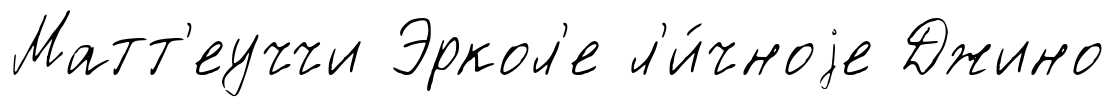
Матт'еуччи Эркол'е л'и́чноjе Джино